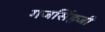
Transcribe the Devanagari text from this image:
गजसिंहजी